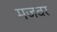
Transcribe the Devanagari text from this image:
मजवर